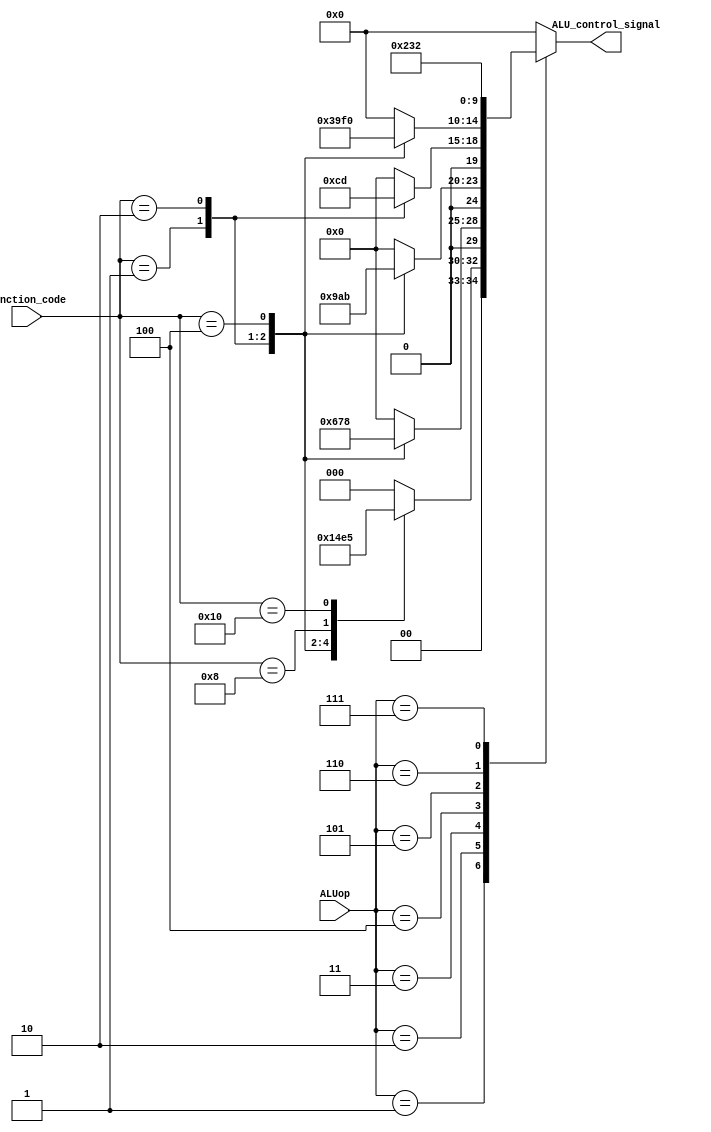
module alu_control(
    input [2:0] ALUop,
    input [4:0] function_code,
    output reg [4:0] ALU_control_signal
    );

    /*
        Assign the values based on the following table:


        ALUop (from control unit) - Function Code - Control Signal

        000                       - x             - 00000

        001                       - 00001         - 00001
        001                       - 00010         - 00010
        001                       - 00100         - 00011
        001                       - 01000         - 00100
        001                       - 10000         - 00101

        010                       - 00001         - 00110
        010                       - 00010         - 00111
        010                       - 00100         - 01000

        011                       - 00001         - 01001
        011                       - 00010         - 01010
        011                       - 00100         - 01011

        100                       - 00001         - 01100
        100                       - 00010         - 01101

        101                       - 00001         - 01110
        101                       - 00010         - 01111
        101                       - 00100         - 10000

        110                       - 00001         - 10001

        111                       - 00001         - 10010
    */

    always @(*) begin
        case(ALUop)
            3'b001:
                begin
                    case(function_code)
                        5'b00001: ALU_control_signal <= 5'b00001;
                        5'b00010: ALU_control_signal <= 5'b00010;
                        5'b00100: ALU_control_signal <= 5'b00011;
                        5'b01000: ALU_control_signal <= 5'b00100;
                        5'b10000: ALU_control_signal <= 5'b00101;
                        default: ALU_control_signal <= 5'b00000;
                    endcase
                end
            3'b010:
                begin
                    case(function_code)
                        5'b00001: ALU_control_signal <= 5'b00110;
                        5'b00010: ALU_control_signal <= 5'b00111;
                        5'b00100: ALU_control_signal <= 5'b01000;
                        default: ALU_control_signal <= 5'b00000;
                    endcase
                end
            3'b011:
                begin
                    case(function_code)
                        5'b00001: ALU_control_signal <= 5'b01001;
                        5'b00010: ALU_control_signal <= 5'b01010;
                        5'b00100: ALU_control_signal <= 5'b01011;
                        default: ALU_control_signal <= 5'b00000;
                    endcase
                end
            3'b100: 
                begin
                    case(function_code)
                        5'b00001: ALU_control_signal <= 5'b01100;
                        5'b00010: ALU_control_signal <= 5'b01101;
                        default: ALU_control_signal <= 5'b00000;
                    endcase
                end
            3'b101:
                begin
                    case(function_code)
                        5'b00001: ALU_control_signal <= 5'b01110;
                        5'b00010: ALU_control_signal <= 5'b01111;
                        5'b00100: ALU_control_signal <= 5'b10000;
                        default: ALU_control_signal <= 5'b00000;
                    endcase
                end
            3'b110: ALU_control_signal <= 5'b10001;
            3'b111: ALU_control_signal <= 5'b10010;
            default: ALU_control_signal <= 5'b00000;
        endcase
    end

endmodule